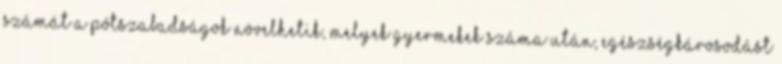
számát a pótszabadságok növelhetik, melyek gyermekek száma után, egészségkárosodást